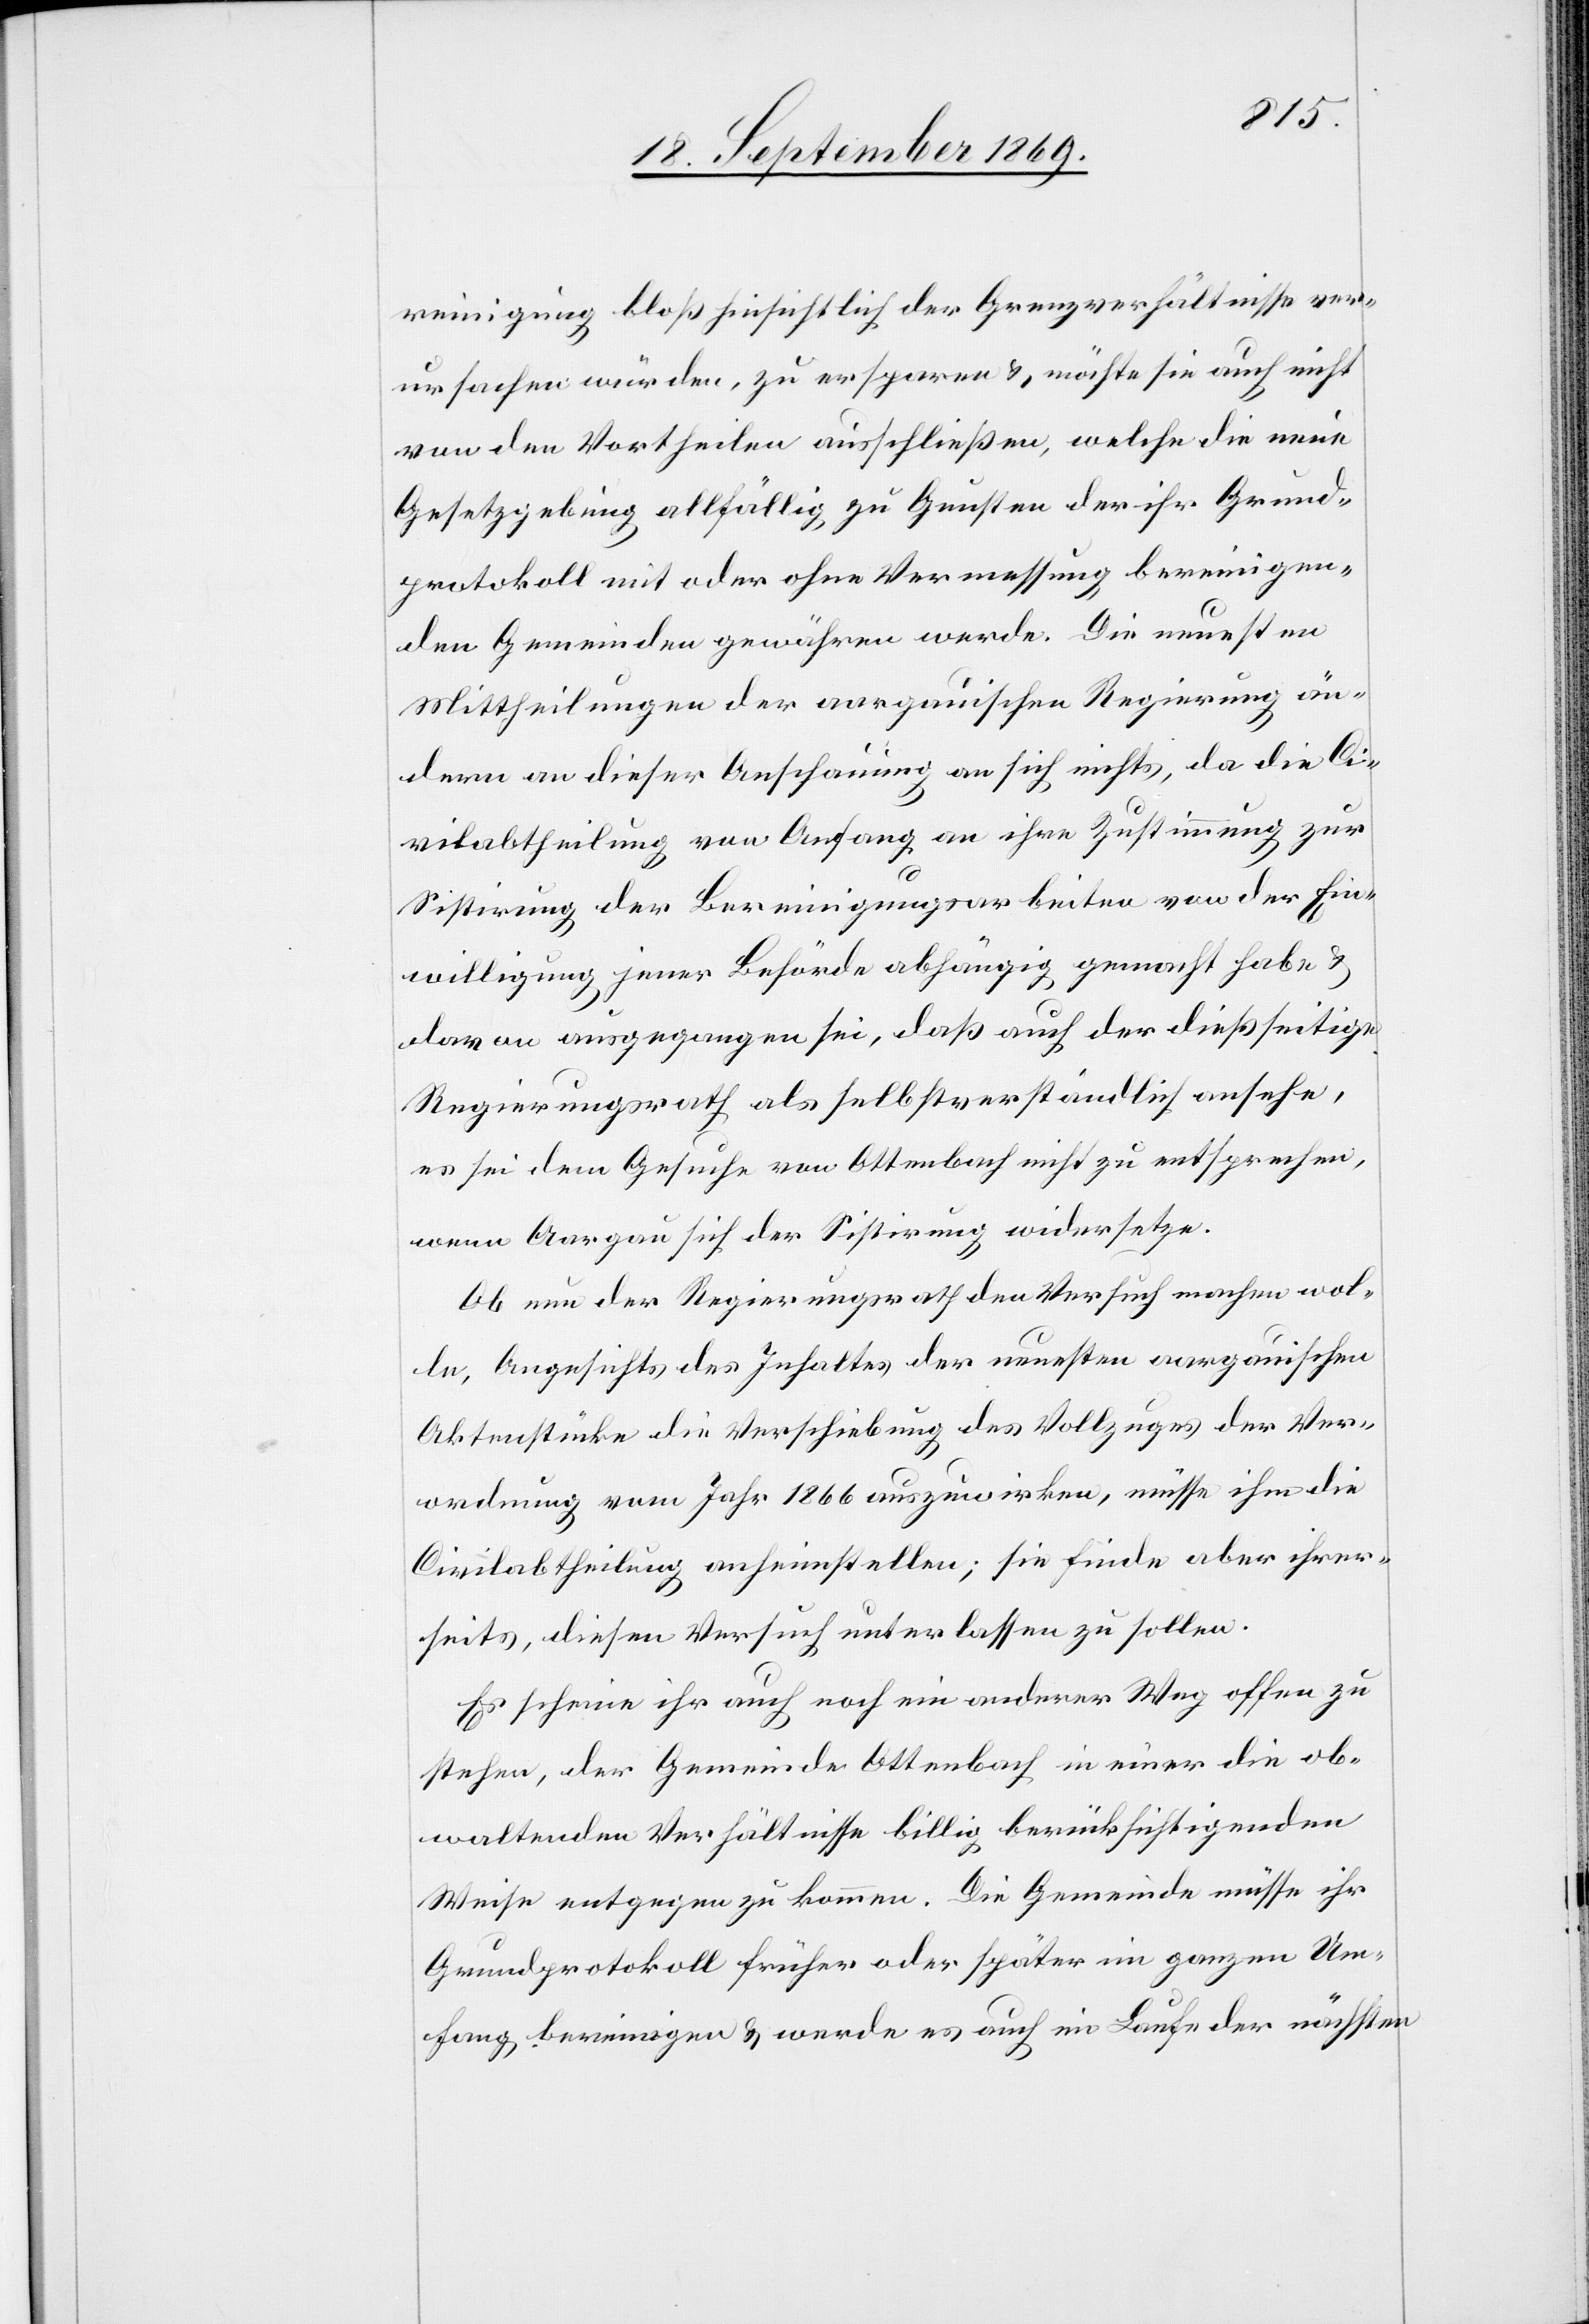
reinigung bloß hinsichtlich der Grenzverhältnisse ver¬
ursachen würden [sic!], zu ersparen & möchte sie auch nicht
von den Vortheilen ausschließen, welche die neue
Gesetzgebung allfällig zu Gunsten der ihr Grund¬
protokoll mit oder ohne Vermessung bereinigen¬
den Gemeinden gewähren werde. Die neuesten
Mittheilungen der aargauischen Regierung än¬
dern an dieser Anschauung an sich nichts, da die Ci¬
vilabtheilung von Anfang an ihre Zustimmung zur
Sistirung der Bereinigungsarbeiten von der Ein¬
willigung jener Behörde abhängig gemacht habe &
davon ausgegangen sei, daß auch der dießseitige
Regierungsrath als selbstverständlich ansehe,
es sei dem Gesuche von Ottenbach nicht zu entsprechen,
wenn Aargau sich der Sistirung widersetze.
Ob nun der Regierungsrath den Versuch machen wol¬
le, Angesichts [sic!] des Inhaltes der neuesten aargauischen
Aktenstücke die Verschiebung des Vollzuges der Ver¬
ordnung vom Jahr 1866 auszuwirken, müsse ihm die
Civilabtheilung anheimstellen; sie finde aber ihrer¬
seits, diesen Versuch unterlassen zu sollen.
Es scheine ihr auch noch ein anderer Weg offen zu
stehen, der Gemeinde Ottenbach in einer die ob¬
waltenden Verhältnisse billig berücksichtigenden
Weise entgegen zu kommen. Die Gemeinde müsse ihr
Grundprotokoll früher oder später im ganzen Um¬
fang bereinigen & werde es auch im Laufe der nächsten